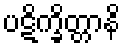
ပဋိက္ခိတ္တာနိ